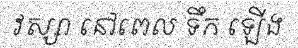
វស្សា នៅពេល ទឹក ឡើង